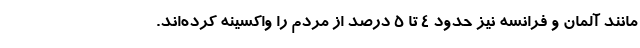
مانند آلمان و فرانسه نیز حدود 4 تا 5 درصد از مردم را واکسینه کرده‌اند.